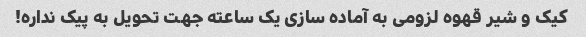
کیک و شیر قهوه لزومی به آماده سازی یک ساعته جهت تحویل به پیک نداره!